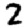
Digit: 2